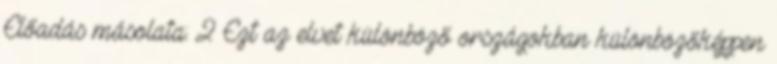
Előadás másolata: 2 Ezt az elvet különböző országokban különbözőképpen